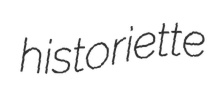
historiette